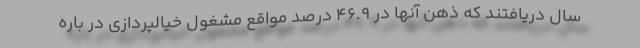
سال دریافتند که ذهن آنها در 46.9 درصد مواقع مشغول خیالپردازی در باره